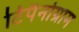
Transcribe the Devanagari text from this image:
टिंपैनोग्राम